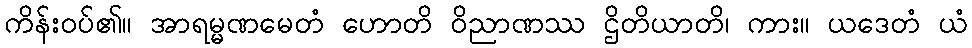
ကိန်းဝပ်၏။ အာရမ္မဏမေတံ ဟောတိ ဝိညာဏဿ ဌိတိယာတိ၊ ကား။ ယဒေတံ ယံ